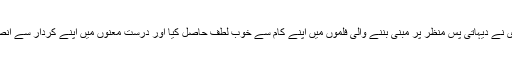
اوم پوری نے دیہاتی پس منظر پر مبنی بننے والی فلموں میں اپنے کام سے خوب لطف حاصل کیا اور درست معنوں میں اپنے کردار سے انصاف کیا۔